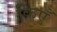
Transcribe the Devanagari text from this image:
किएँ